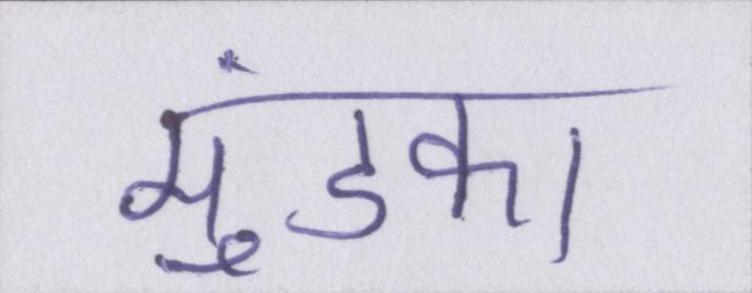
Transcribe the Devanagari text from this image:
मुंडका